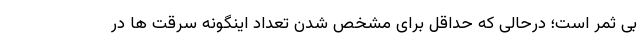
بی ثمر است؛ درحالی که حداقل برای مشخص شدن تعداد اینگونه سرقت ها در